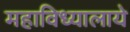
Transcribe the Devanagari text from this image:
महाविध्यालाये